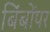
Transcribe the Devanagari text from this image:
बिंबोंपर